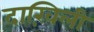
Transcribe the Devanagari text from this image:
दाख़िली